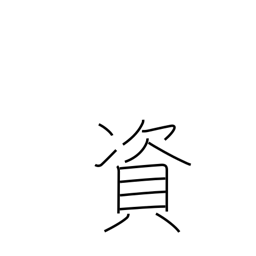
Meaning: be conducive to